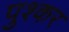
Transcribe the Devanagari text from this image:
पुश्कर